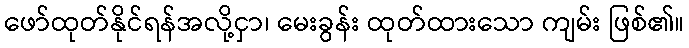
ဖော်ထုတ်နိုင်ရန်အလို့ငှာ၊ မေးခွန်း ထုတ်ထားသော ကျမ်း ဖြစ်၏။